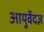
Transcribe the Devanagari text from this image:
आयुर्वेदज्ञ